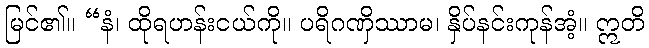
မြင်၏။ “နံ၊ ထိုရဟန်းငယ်ကို။ ပရိဂဏှိဿာမ၊ နှိပ်နင်းကုန်အံ့။ ဣတိ